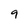
Character: 9